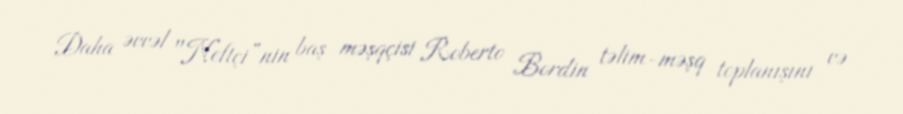
Daha əvvəl "Neftçi”nin baş məşqçisi Roberto Bordin təlim-məşq toplanışını və